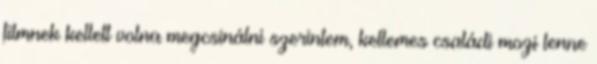
filmnek kellett volna megcsinálni szerintem, kellemes családi mozi lenne